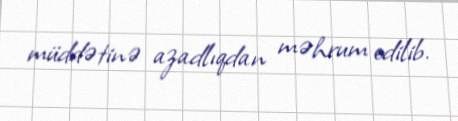
müddətinə azadlıqdan məhrum edilib.